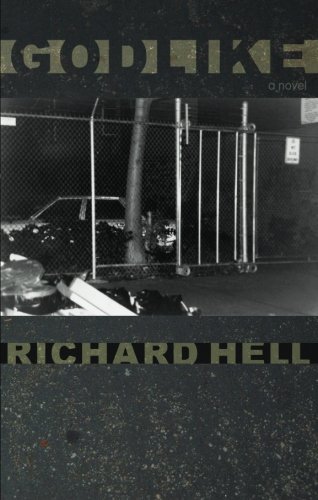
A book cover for Godlike; Richard Hell; Gay & Lesbian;